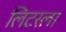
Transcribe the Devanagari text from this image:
लिटरला